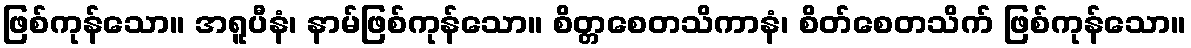
ဖြစ်ကုန်သော။ အရူပီနံ၊ နာမ်ဖြစ်ကုန်သော။ စိတ္တစေတသိကာနံ၊ စိတ်စေတသိက် ဖြစ်ကုန်သော။